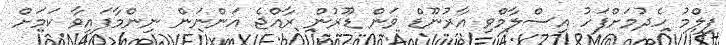
ފިލްމު ހެދުމަށްފަހު އިސްލާމްވި އާރުނޫޑް ވަން ޑޫރުން ރާއްޖެ އަންނަން ނިންމާފައިވާ ކަމަށް